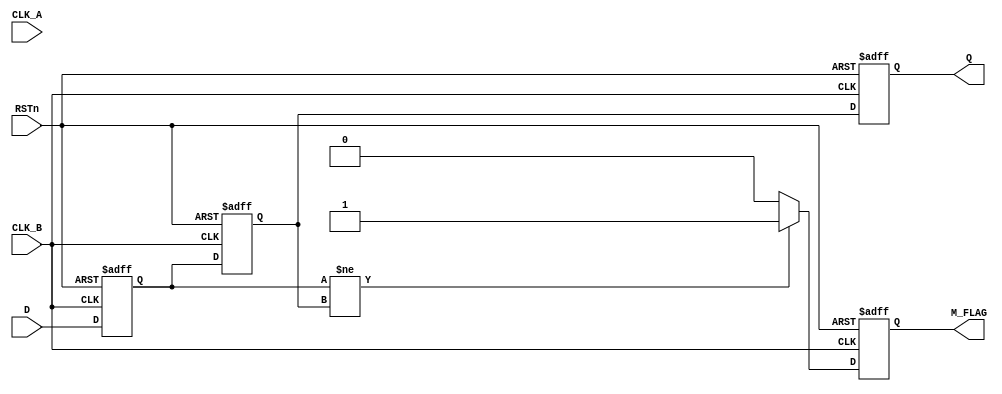
module cdc_detector (
    input wire D,          // Data signal to be monitored
    input wire CLK_A,     // Clock signal of the source domain
    input wire CLK_B,     // Clock signal of the destination domain
    input wire RSTn,      // Asynchronous reset (active low)
    output reg M_FLAG,    // Metastability flag
    output reg Q          // Synchronized output
);

    reg D_sync1;          // First stage of synchronization
    reg D_sync2;          // Second stage of synchronization

    // Synchronization process in the destination clock domain (CLK_B)
    always @(posedge CLK_B or negedge RSTn) begin
        if (!RSTn) begin
            D_sync1 <= 1'b0;
            D_sync2 <= 1'b0;
            M_FLAG <= 1'b0;
            Q <= 1'b0;
        end else begin
            D_sync1 <= D;          // Sample D in CLK_B domain
            D_sync2 <= D_sync1;   // Second stage of synchronization
            Q <= D_sync2;         // Output the synchronized signal

            // Metastability detection logic
            if (D_sync1 != D_sync2) begin
                M_FLAG <= 1'b1;    // Metastability condition detected
            end else begin
                M_FLAG <= 1'b0;     // Clear metastability flag
            end
        end
    end

endmodule